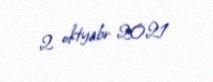
2 oktyabr 2021